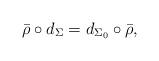
LaTeX: \begin{align*} \bar{\rho} \circ d_{\Sigma} = d_{\Sigma_0} \circ \bar{\rho}, \end{align*}